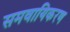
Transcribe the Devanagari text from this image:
समवायिकरण